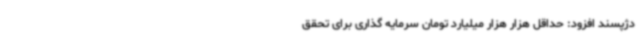
دژپسند افزود: حداقل هزار هزار میلیارد تومان سرمایه گذاری برای تحقق